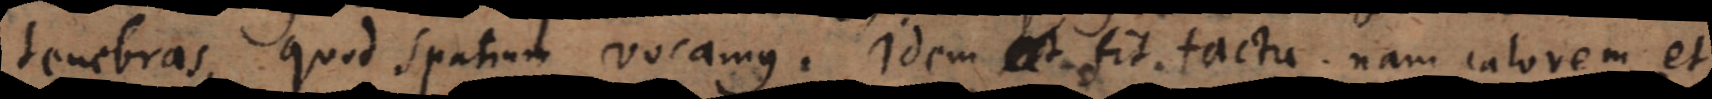
tenebras, quod spatium vocamus. Idem fit tactu, nam calorem et